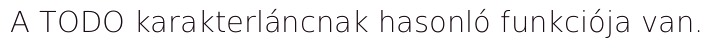
A TODO karakterláncnak hasonló funkciója van.